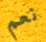
نعم